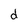
Character: d